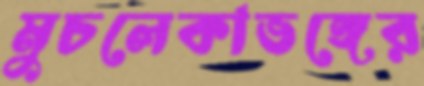
মুচলেকাভঙ্গের